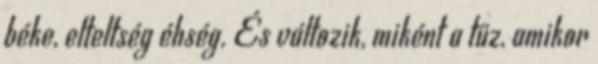
béke, elteltség éhség. És változik, miként a tűz, amikor